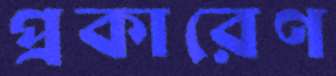
প্রকারেণ